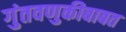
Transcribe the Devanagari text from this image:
गुंतवणुकीबाबत